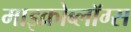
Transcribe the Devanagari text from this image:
माइक्रोब्लॉग्स